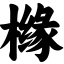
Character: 橼